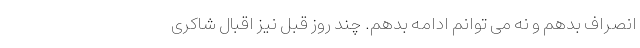
انصراف بدهم و نه می توانم ادامه بدهم. چند روز قبل نیز اقبال شاکری